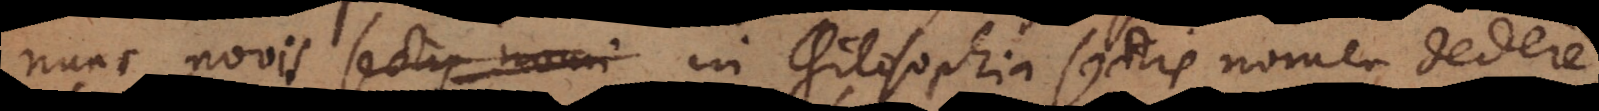
nunc novis in philosophia sectis nomen deder